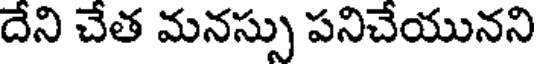
దేని చేత మనస్సు పనిచేయునని